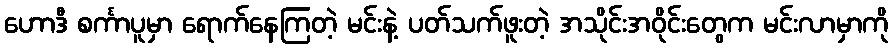
ဟောဒီ စင်္ကာပူမှာ ရောက်နေကြတဲ့ မင်းနဲ့ ပတ်သက်ဖူးတဲ့ အသိုင်းအဝိုင်းတွေက မင်းလာမှာကို